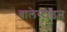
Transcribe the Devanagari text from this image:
वालेस्टाइन